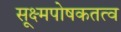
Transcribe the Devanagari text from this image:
सूक्ष्मपोषकतत्व